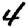
Digit: 4